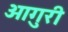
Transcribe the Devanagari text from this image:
ओगुरी